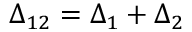
\Delta _ { 1 2 } = \Delta _ { 1 } + \Delta _ { 2 }